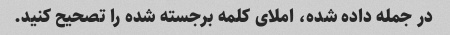
در جمله داده شده، املای کلمه برجسته شده را تصحیح کنید.